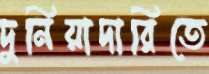
দুনিয়াদারিতে